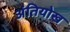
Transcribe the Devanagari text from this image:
अंतियोख